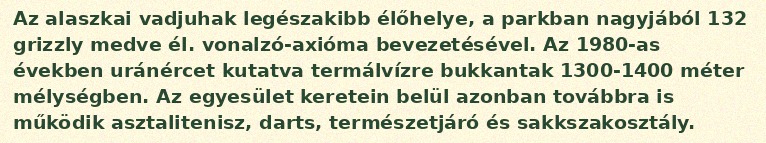
Az alaszkai vadjuhak legészakibb élőhelye, a parkban nagyjából 132 grizzly medve él. vonalzó-axióma bevezetésével. Az 1980-as években uránércet kutatva termálvízre bukkantak 1300-1400 méter mélységben. Az egyesület keretein belül azonban továbbra is működik asztalitenisz, darts, természetjáró és sakkszakosztály.